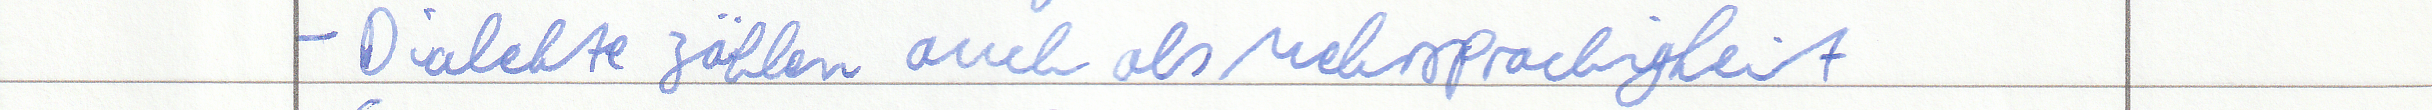
- Dialekte zählen auch als Mehrsprachigkeit